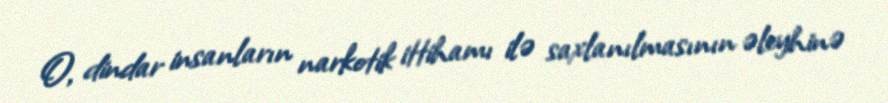
O, dindar insanların narkotik ittihamı ilə saxlanılmasının əleyhinə